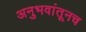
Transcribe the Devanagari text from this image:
अनुभवांतूनच